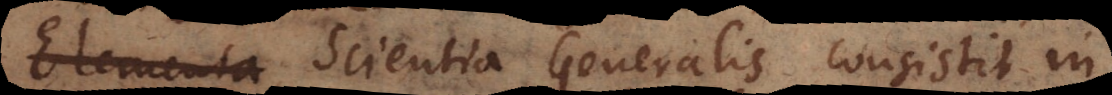
Elementa Scientia Generalis consistit in